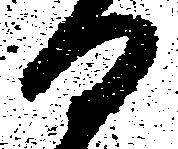
日